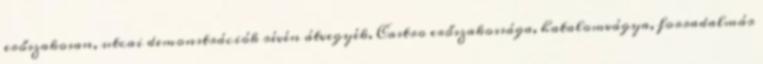
erőszakosan, utcai demonstrációk révén átvegyék. Castro erőszakossága, hatalomvágya, forradalmár